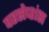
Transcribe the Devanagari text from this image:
परसेप्शंस